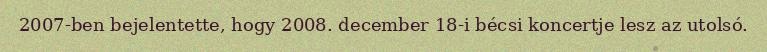
2007-ben bejelentette, hogy 2008. december 18-i bécsi koncertje lesz az utolsó.